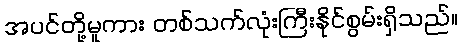
အပင်တို့မူကား တစ်သက်လုံးကြီးနိုင်စွမ်းရှိသည်။